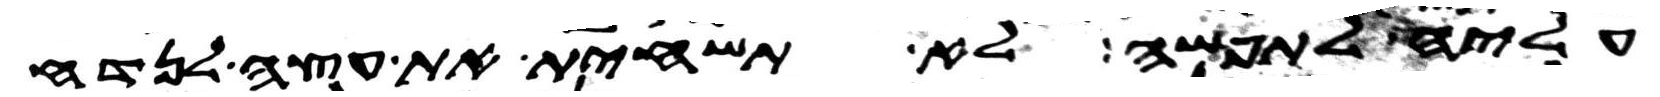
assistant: עליה לתפשה לא תשחית את עצה לנדח